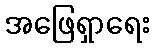
အဖြေရှာရေး